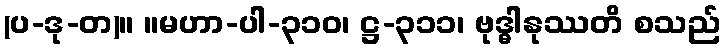
(ပ-ဒု-တ)။ ။မဟာ-ပါ-၃၁၀၊ ဋ္ဌ-၃၁၁၊ ဗုဒ္ဓါနုဿတိ စသည်